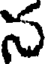
న